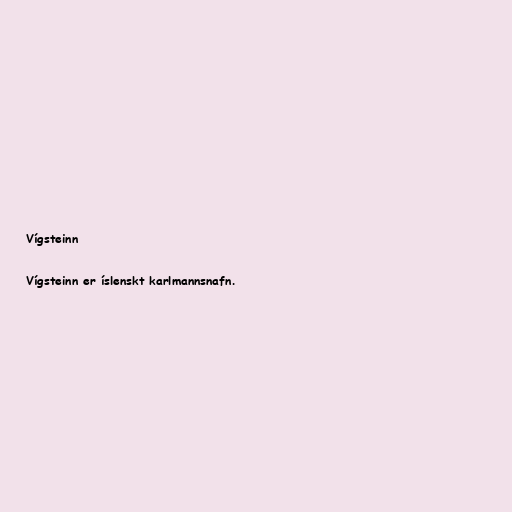
Vígsteinn

Vígsteinn er íslenskt karlmannsnafn.